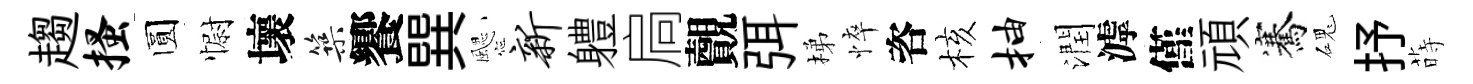
趨搔圆𢠢壞築饗巽颸新軆扃覿弭梯悴咨核抽潤滹僅頑騫磈抒蒔